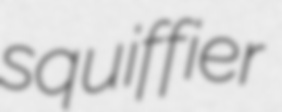
squiffier